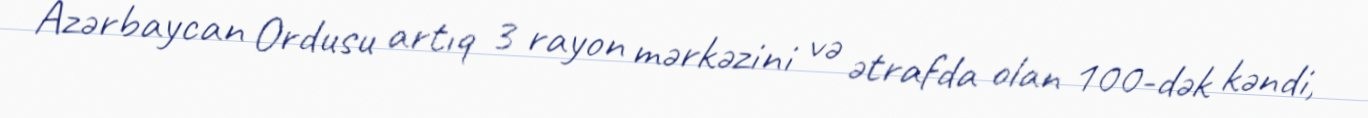
Azərbaycan Ordusu artıq 3 rayon mərkəzini və ətrafda olan 100-dək kəndi,